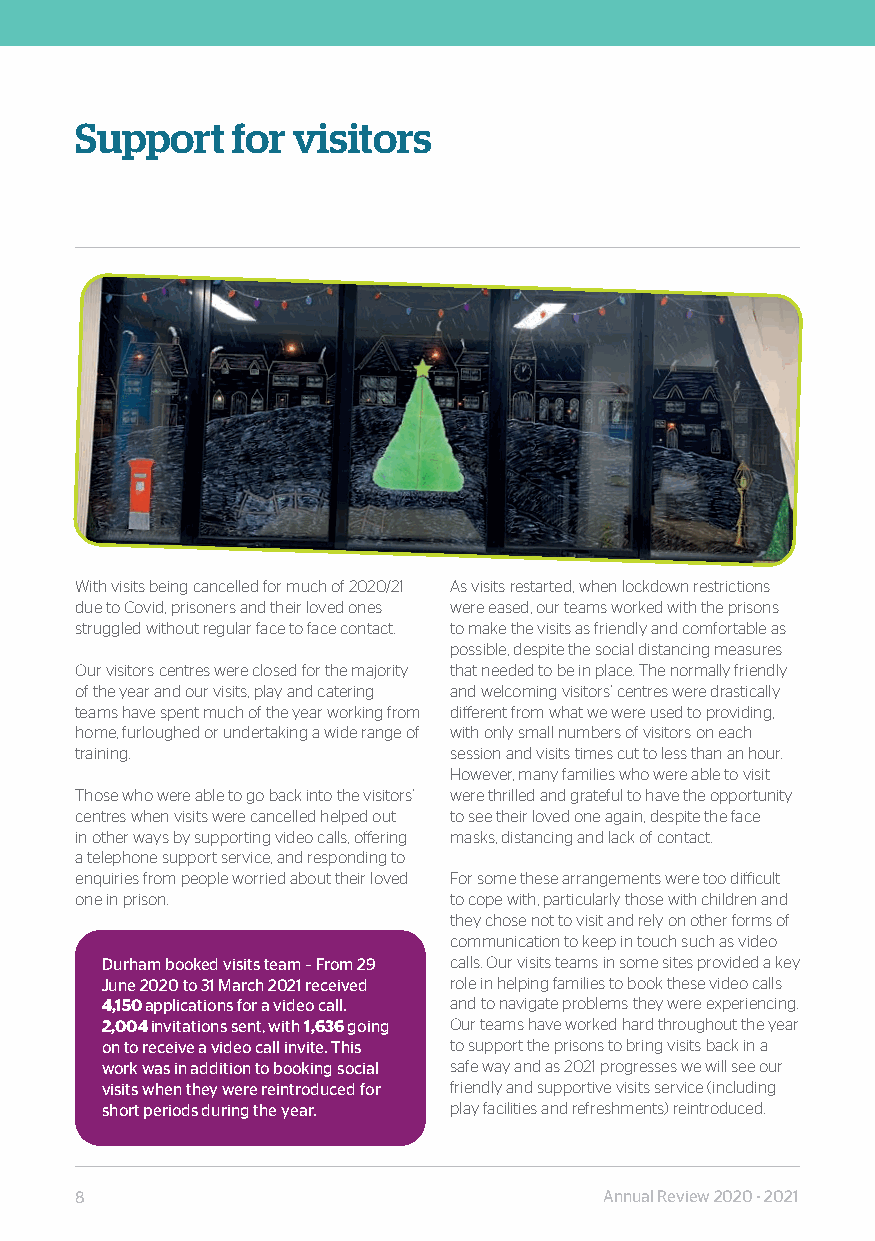
Support   for visitors
 With visits being cancelled for much of 2020/21 As visits restarted, when lockdown restrictions
 due to Covid, prisoners and their loved ones were eased, our teams worked with the prisons
 struggled without regular face to face contact. to make the visits as friendly and comfortable as
 possible, despite the social distancing measures
 Our visitors centres were closed for the majority that needed to be in place. The normally friendly
 of the year and our visits, play and catering and welcoming visitors’ centres were drastically
 teams have spent much of the year working from different from what we were used to providing,
 home, furloughed or undertaking a wide range of with only small numbers of visitors on each
 training.                session and visits times cut to less than an hour.
 However, many families who were able to visit
 Those who were able to go back into the visitors’ were thrilled and grateful to have the opportunity
 centres when visits were cancelled helped out to see their loved one again, despite the face
 in other ways by supporting video calls, offering masks, distancing and lack of contact.
 a telephone support service, and responding to
 enquiries from people worried about their loved For some these arrangements were too difficult
 one in prison.           to cope with, particularly those with children and
 they chose not to visit and rely on other forms of
 communication to keep in touch such as video
 Durham booked visits team – From 29 calls. Our visits teams in some sites provided a key
 June 2020 to 31 March 2021 received role in helping families to book these video calls
 4,150 applications for a video call. and to navigate problems they were experiencing.
 2,004 invitations sent, with 1,636 going Our teams have worked hard throughout the year
 on to receive a video call invite. This to support the prisons to bring visits back in a
 work was in addition to booking social safe way and as 2021 progresses we will see our
 visits when they were reintroduced for friendly and supportive visits service (including
 short periods during the year. play facilities and refreshments) reintroduced.
 8                                  Annual Review 2020 - 2021